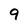
Character: 9